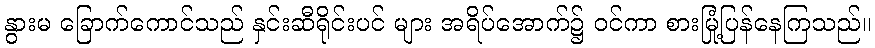
နွားမ ခြောက်ကောင်သည် နှင်းဆီရိုင်းပင် များ အရိပ်အောက်၌ ဝင်ကာ စားမြုံ့ပြန်နေကြသည်။